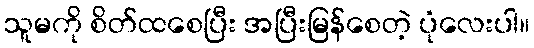
သူမကို စိတ်ထစေပြီး အပြီးမြန်စေတဲ့ ပုံလေးပါ။